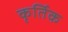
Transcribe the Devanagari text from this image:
कृर्तिक